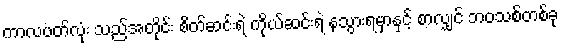
ကာလပတ်လုံး သည်အတိုင်း စိတ်ဆင်းရဲ ကိုယ်ဆင်းရဲ နသွားရမှာနှင့် စာလျှင် ဘဝသစ်တစ်ခု